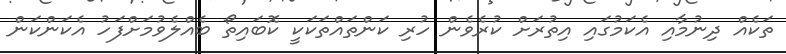
ތަކެއް ދިނުމާއި އެކަމުގައި އިތުރަށް ކުރެވެން ހުރި ކަންތައްތަކަކީ ކޮބައިތޯ ބެއްލެވުމަށްފަހު އެކަންކަން